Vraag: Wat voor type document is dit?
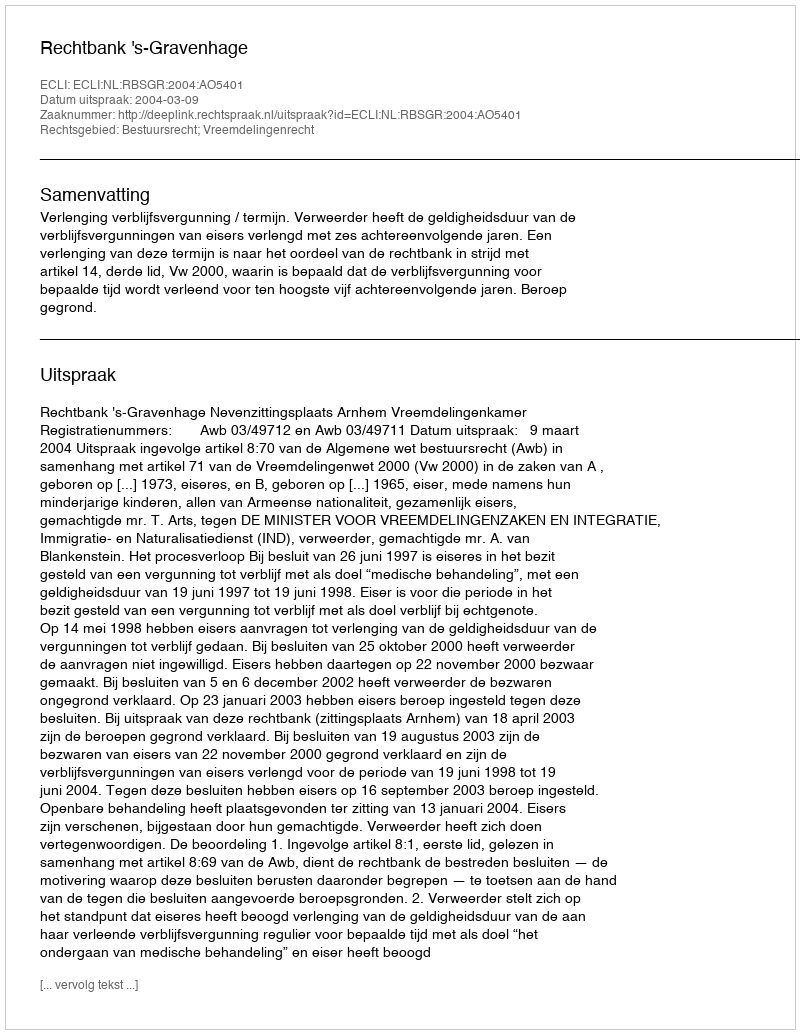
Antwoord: Uitspraak